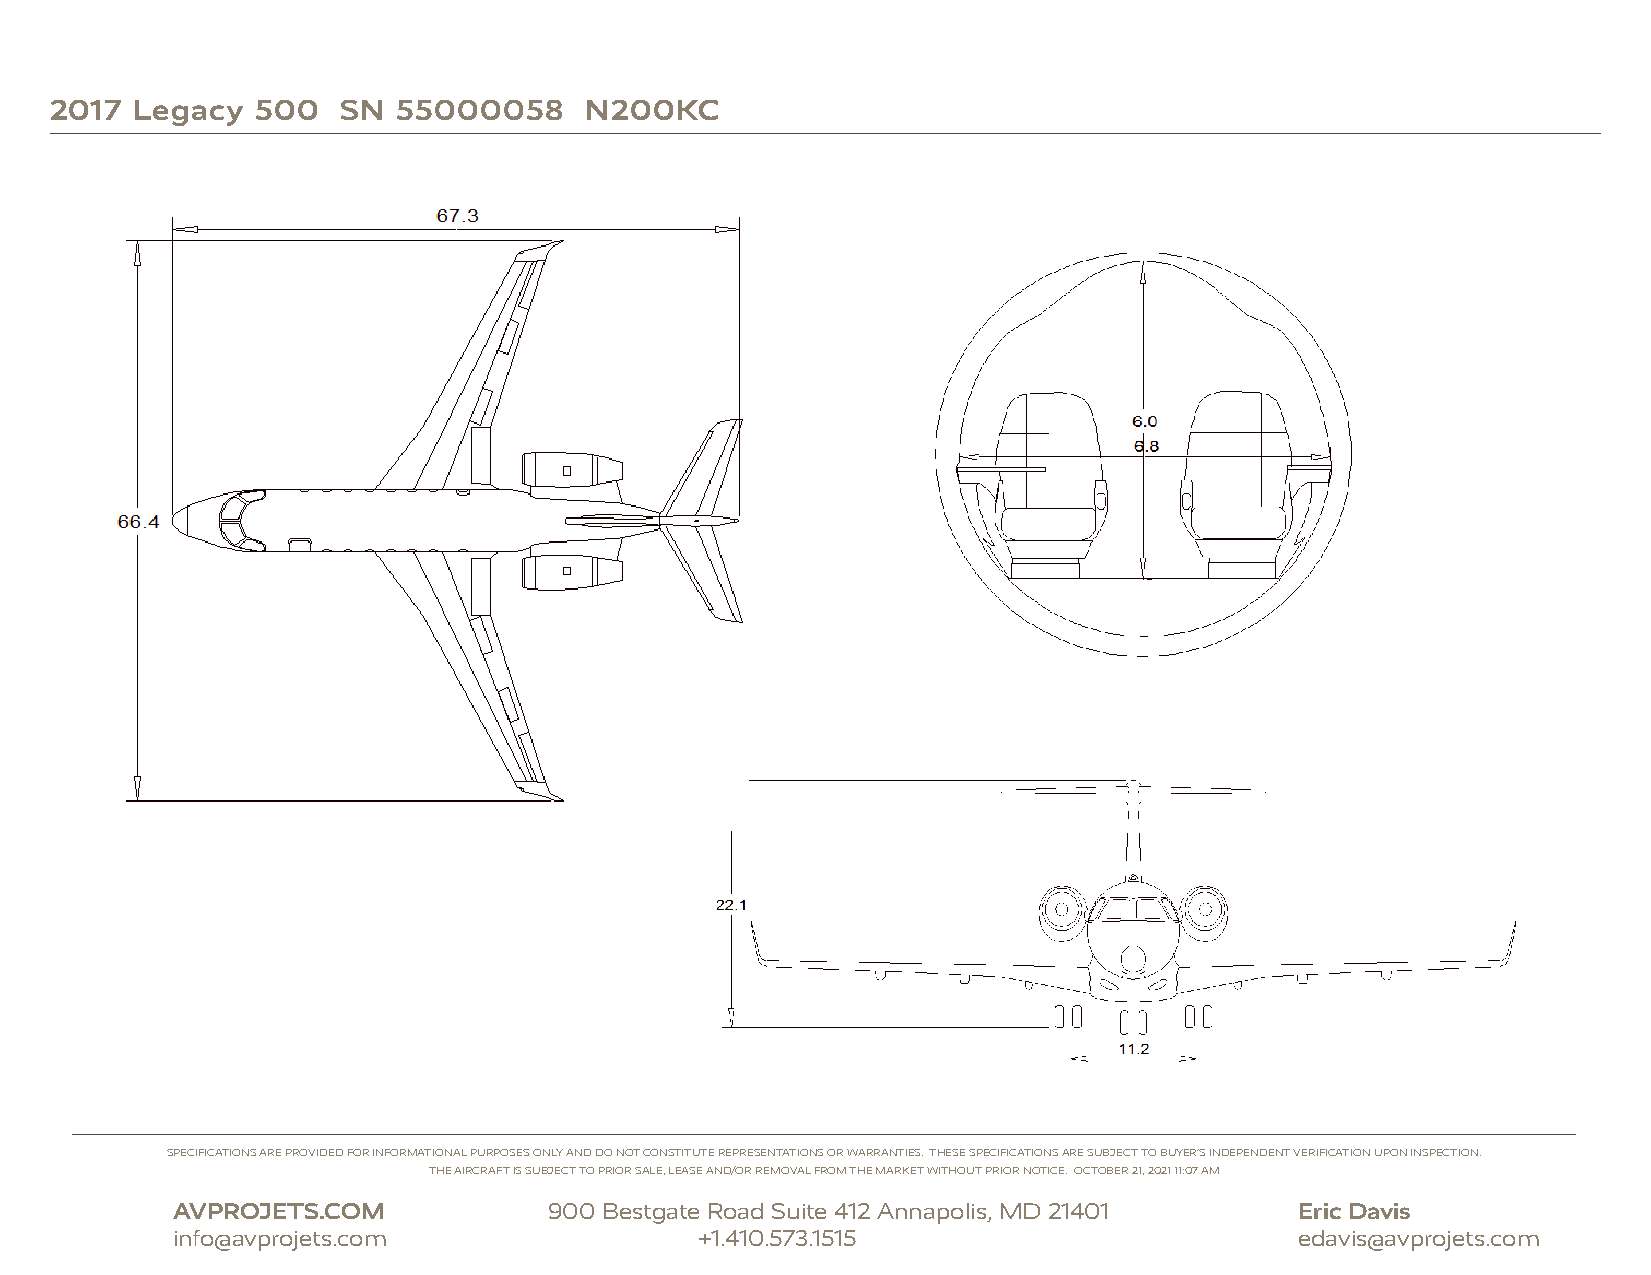
2017  Legacy  500   SN 55000058     N200KC
 SPECIFICATIONS ARE PROVIDED FOR INFORMATIONAL PURPOSES ONLY AND DO NOT CONSTITUTE REPRESENTATIONS OR WARRANTIES. THESE SPECIFICATIONS ARE SUBJECT TO BUYER’S INDEPENDENT VERIFICATION UPON INSPECTION.
 THE AIRCRAFT IS SUBJECT TO PRIOR SALE, LEASE AND/OR REMOVAL FROM THE MARKET WITHOUT PRIOR NOTICE. OCTOBER 21, 2021 11:07 AM
 AVPROJETS.COM            900 Bestgate Road Suite 412 Annapolis, MD 21401   Eric Davis
 info@avprojets.com                 +1.410.573.1515                         edavis@avprojets.com